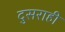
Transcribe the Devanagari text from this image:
दुसराही